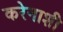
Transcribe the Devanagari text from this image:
करेनाशी